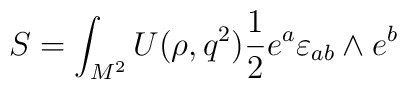
S=\int_{M^2}^{} U(\rho, q^2) {1 \over 2} e^a \varepsilon_{ab} \wedge e^b